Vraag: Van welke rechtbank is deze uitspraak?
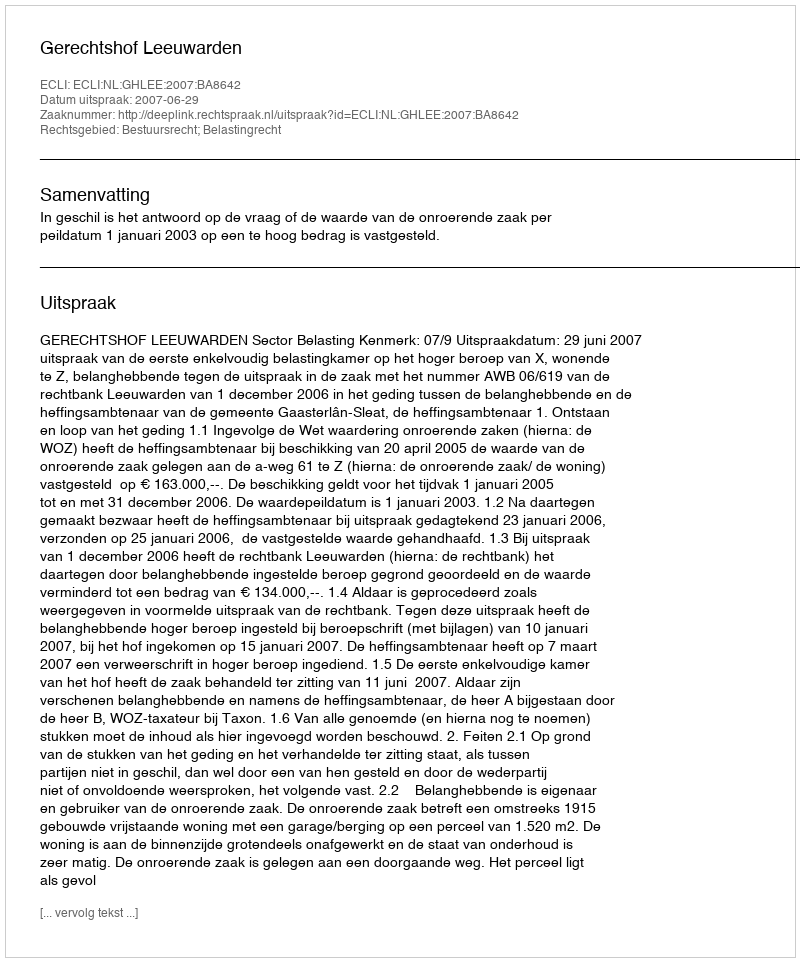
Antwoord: Gerechtshof Leeuwarden